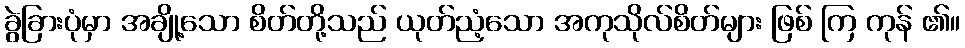
ခွဲခြားပုံမှာ အချို့သော စိတ်တို့သည် ယုတ်ညံ့သော အကုသိုလ်စိတ်များ ဖြစ် ကြ ကုန် ၏။